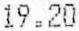
19.20